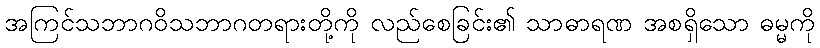
အကြင်သဘာဂဝိသဘာဂတရားတို့ကို လည်စေခြင်း၏ သာဓာရဏ အစရှိသော ဓမ္မကို